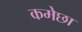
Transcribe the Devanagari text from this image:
कमेछा